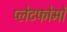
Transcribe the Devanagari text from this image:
प्लेटफोर्मों